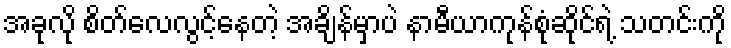
အခုလို စိတ်လေလွင့်နေတဲ့ အချိန်မှာပဲ နာမီယာကုန်စုံဆိုင်ရဲ့ သတင်းကို